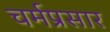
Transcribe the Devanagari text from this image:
चर्मप्रसार